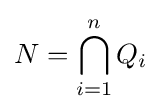
N=\bigcap _{i=1}^{n}Q_{i}